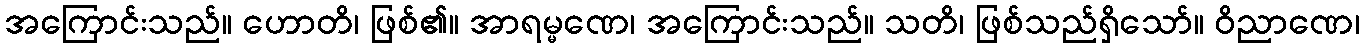
အကြောင်းသည်။ ဟောတိ၊ ဖြစ်၏။ အာရမ္မဏေ၊ အကြောင်းသည်။ သတိ၊ ဖြစ်သည်ရှိသော်။ ဝိညာဏေ၊